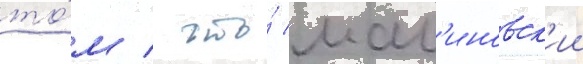
то́м / что́ мал'иновск'ии